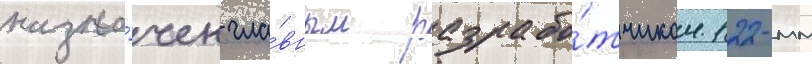
назна́чен гла́вным разрабо́тчиком 122-мм